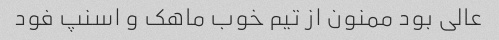
عالی بود ممنون از تیم خوب ماهک و اسنپ فود